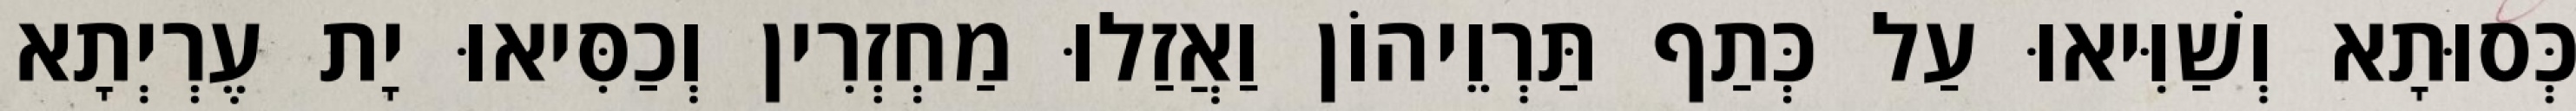
כְּסוּתָא וְשַׁוִּיאוּ עַל כְּתַף תַּרְוֵיהוֹן וַאֲזַלוּ מַחְזְרִין וְכַסִּיאוּ יָת עֶרְיְתָא